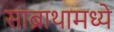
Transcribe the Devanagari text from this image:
साब्राथामध्ये